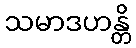
သမာဒဟန္တိ